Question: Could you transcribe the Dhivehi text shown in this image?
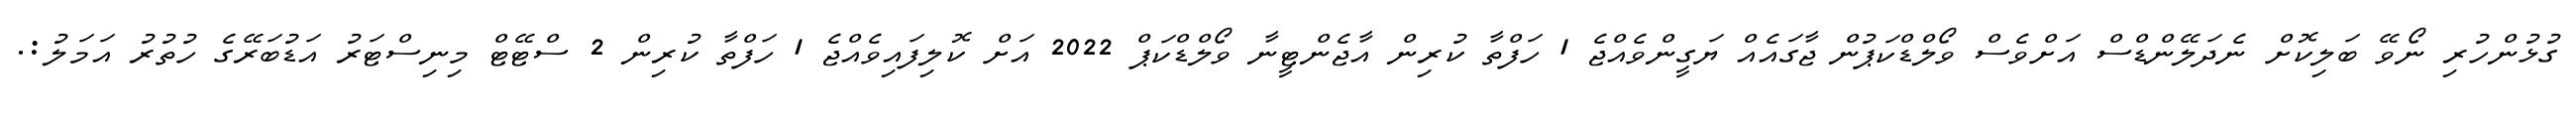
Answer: ގުޅުންހުރި ނޯވޭ ބަލިކޮށް ނެދަލޭންޑްސް އަށްވެސް ވޯލްޑްކަޕުން ޖާގައެއް ޔަގީންވެއްޖެ 1 ހަފްތާ ކުރިން އާޖެންޓީނާ ވޯލްޑްކަޕް 2022 އަށް ކޮލިފައިވެއްޖެ 1 ހަފްތާ ކުރިން 2 ސްޓޭޓް މިނިސްޓަރު އަޑުބަރޭގެ ހުތުރު އަމަލު:.